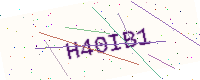
Text: H40IB1